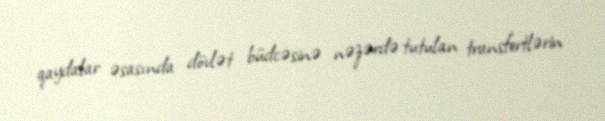
qaydalar əsasında dövlət büdcəsinə nəzərdə tutulan transfertlərin